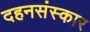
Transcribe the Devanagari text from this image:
दहनसंस्कार